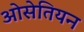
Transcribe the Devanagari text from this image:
ओसेतियन